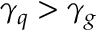
\gamma _ { q } > \gamma _ { g }